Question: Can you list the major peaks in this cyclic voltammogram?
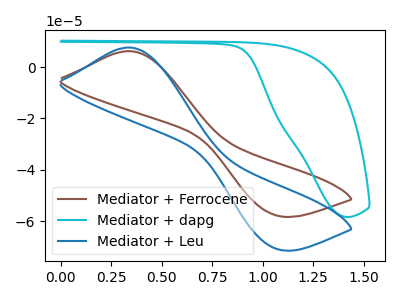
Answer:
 <answer>The brown curve "Mediator + Ferrocene" has an anodic peak at (0.35V, 6.25uA) and a cathodic peak at (1.05V, -57.60uA). The cyan curve "Mediator + dapg" has no peaks. The blue curve "Mediator + Leu" has an anodic peak at (0.35V, 7.70uA) and a cathodic peak at (1.05V, -70.55uA).</answer>
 <eval></eval>